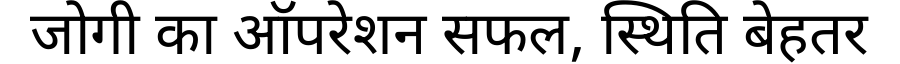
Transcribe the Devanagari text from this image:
जोगी का ऑपरेशन सफल, स्थिति बेहतर